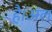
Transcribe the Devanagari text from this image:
है।अल